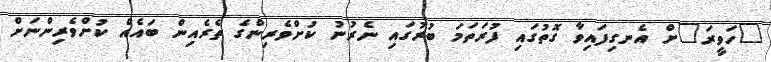
"ހަވީރަ"ށް އެނގިފައިވާ ގޮތުގައި ފުރަތަމަ ބުރުގައި ނެރުނު ކުށްވެރިންގެ ތެރެއިން ބައެއް ކުށްވެރިންނަށް